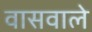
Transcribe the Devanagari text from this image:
वासवाले